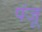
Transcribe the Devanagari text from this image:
पंजू